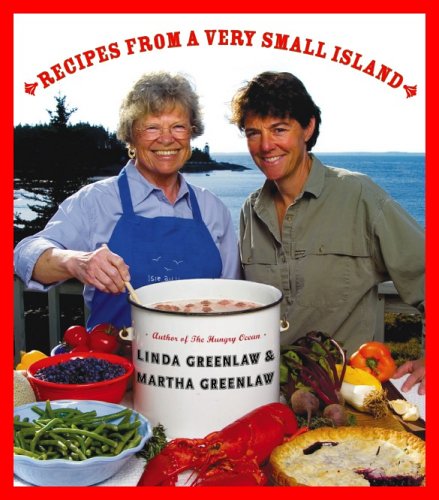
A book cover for Recipes from a Very Small Island; Linda Greenlaw; Cookbooks, Food & Wine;